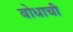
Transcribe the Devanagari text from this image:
बोधाची